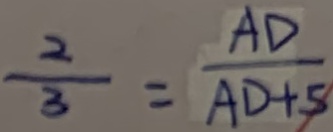
\frac { 2 } { 3 } = \frac { A D } { A D + 5 }